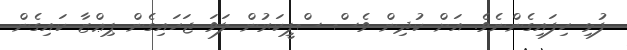
ފުޅި ހިފައިގެންނެވެ. އަށް ކުދިން ވެސް ސްޕީކަރުން ލަވަ ޖަހައިގެން ޕިޢްޒާ ކައިގެން